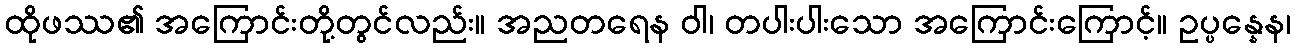
ထိုဖဿ၏ အကြောင်းတို့တွင်လည်း။ အညတရေန ဝါ၊ တပါးပါးသော အကြောင်းကြောင့်။ ဥပ္ပန္နေန၊